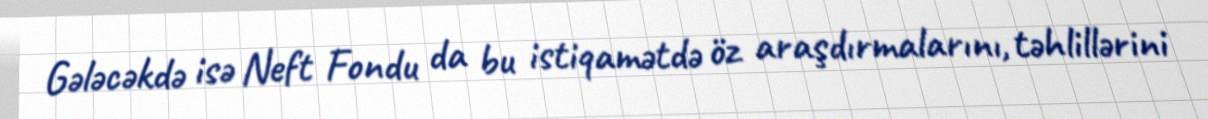
Gələcəkdə isə Neft Fondu da bu istiqamətdə öz araşdırmalarını, təhlillərini